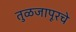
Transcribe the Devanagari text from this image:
तुळजापूरचे